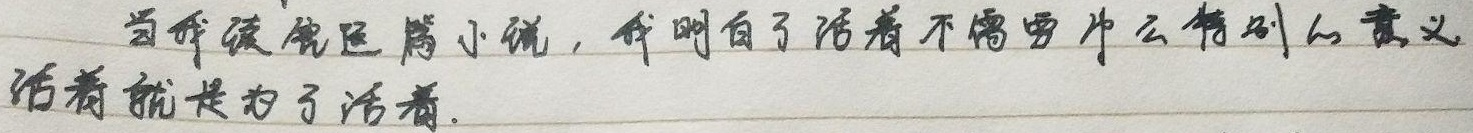
当我读完这篇小说，我明白了活着不需要什么特别的意义，活着就是为了活着。